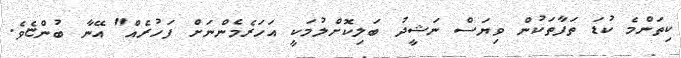
ކިތަންމެ ކުޑަ ތަފާތަކުން ވިޔަސް ނަޝީދު ބަލިކޮށްލުމަކީ އަހަރެމެންނަށް ފަހުރެއް" އޭނާ ބުންޏެވެ.